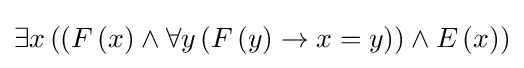
\exists x\left(\left(F\left(x\right)\land \forall y\left(F\left(y\right)\rightarrow x=y\right)\right)\land E\left(x\right)\right)